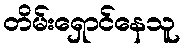
တိမ်းရှောင်နေသူ